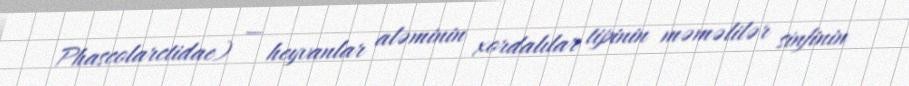
Phascolarctidae) — heyvanlar aləminin xordalılar tipinin məməlilər sinfinin